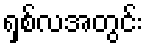
ရှစ်လအတွင်း